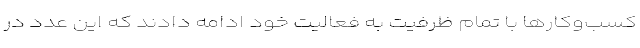
کسب‌وکارها با تمام ظرفیت به فعالیت خود ادامه دادند که این عدد در